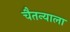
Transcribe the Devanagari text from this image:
चैतन्याला